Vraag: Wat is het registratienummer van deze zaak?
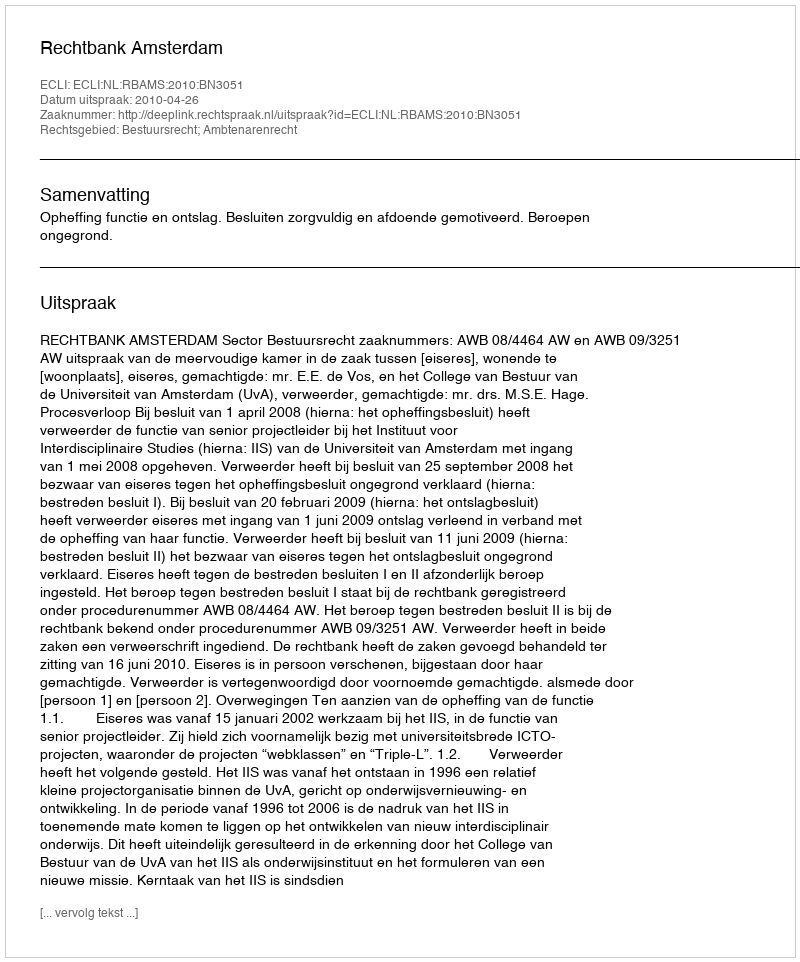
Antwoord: http://deeplink.rechtspraak.nl/uitspraak?id=ECLI:NL:RBAMS:2010:BN3051